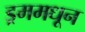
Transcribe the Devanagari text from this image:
ड्रममधून